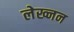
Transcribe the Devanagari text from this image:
लेख्नन